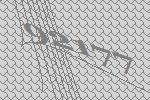
92177